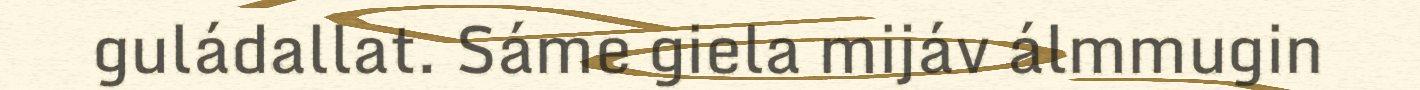
guládallat. Sáme giela mijáv álmmugin